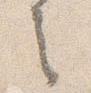
之